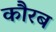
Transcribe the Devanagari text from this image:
कौरब